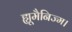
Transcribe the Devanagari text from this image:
ह्यूमैनिज्म।